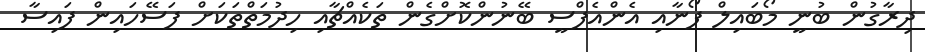
ދިރާގުން ބުނީ މޯބައިލް ފޯނާއި އެންއެފްސީ ބޭނުންކޮށްގެން ތަކެއްޗާއި ހިދުމަތްތަކަށް ފަސޭހައިން ފައިސާ